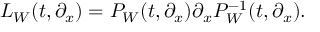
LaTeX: { \cal L } _ { W } ( t , \partial _ { x } ) = P _ { W } ( t , \partial _ { x } ) \partial _ { x } P _ { W } ^ { - 1 } ( t , \partial _ { x } ) .